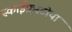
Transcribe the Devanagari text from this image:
स्काईफ्रस्टोया